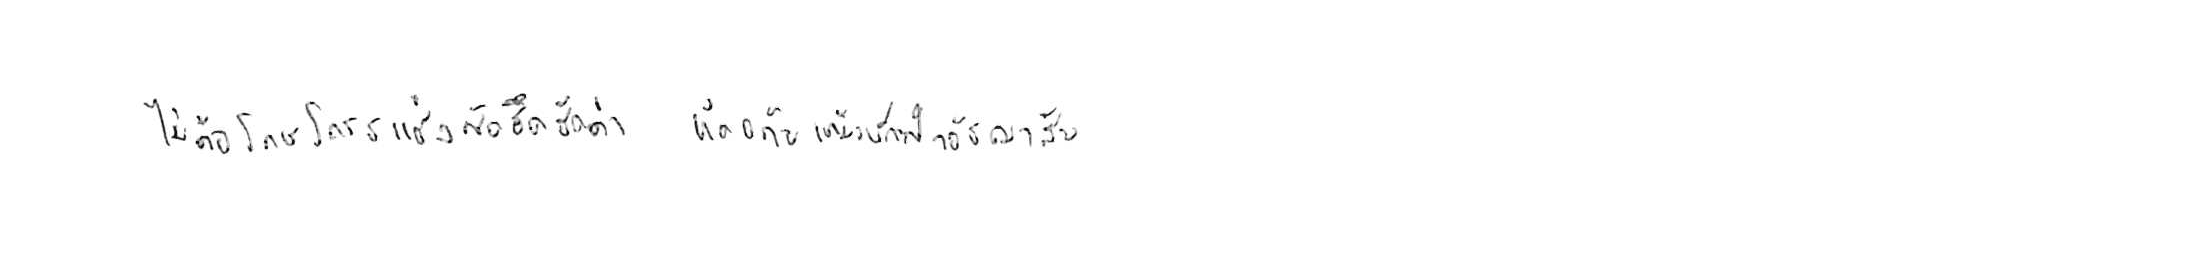
ไม่ถือโทษโกรธแช่งซัดฮึดฮัดด่า หัดอภัยเหมือนกีฬาอัชฌาสัย